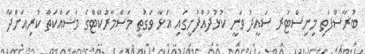
ބުރާސްފަތި މިނިސްޓަރ ސައީދު ވަނީ ކުޅުދުއްފުށީގައި އަޅާ ވަގުތީ މަސްމާރުކޭޓްގެ މަސައްކަތް ކުރިއަށްދާ